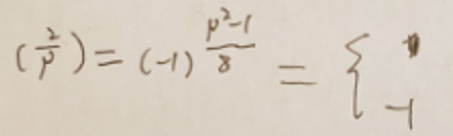
$\left(\frac{2}{p}\right)=(-1)^{\frac{p^{2}-1}{8}}=\begin{cases}0\\-1\end{cases}$